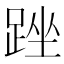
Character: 䟶